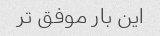
این بار موفق تر